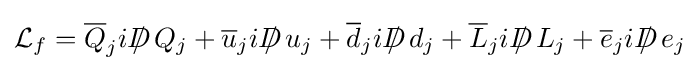
{\mathcal {L}}_{f}={\overline {Q}}_{j}iD\!\!\!\!/\;Q_{j}+{\overline {u}}_{j}iD\!\!\!\!/\;u_{j}+{\overline {d}}_{j}iD\!\!\!\!/\;d_{j}+{\overline {L}}_{j}iD\!\!\!\!/\;L_{j}+{\overline {e}}_{j}iD\!\!\!\!/\;e_{j}